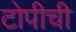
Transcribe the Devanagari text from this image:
टोपीची